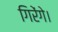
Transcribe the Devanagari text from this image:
गिरेंगे।